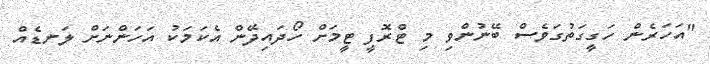
"އަހަރެން ހަގީގަތުގަވެސް ބޭނުންވި މި ޓްރޮފީ ޓީމަށް ހޯދައިދޭން އެކަމަކު އަހަންނަށް ލަނޑެއް